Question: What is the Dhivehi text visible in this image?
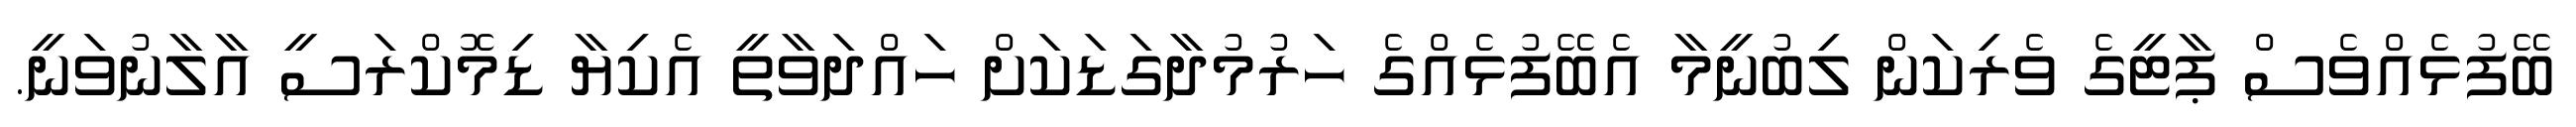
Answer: ބޭފުޅެއްވެސް ޕާޓީގެ ވެރިކަން ލިބުނީމާ އެބޭފުޅެއްގެ ހަރުމުދާގަޑަކަށް ހައްދަވާތީ އެކިޔާ ޑިމޮކްރަސީ އާލާނުވަނީ.